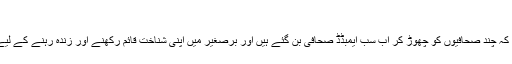
‘
میں اپنے دوستوں کی اس بات سے متفق ہوں کہ چند صحافیوں کو چھوڑ کر اب سب ایمبڈڈ صحافی بن گئے ہیں اور برصغیر میں اپنی شناخت قائم رکھنے اور زندہ رہنے کے لیے حکومت کا ترجمان بننا بہت ضروری ہے۔